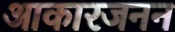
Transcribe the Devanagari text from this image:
आकारजनन